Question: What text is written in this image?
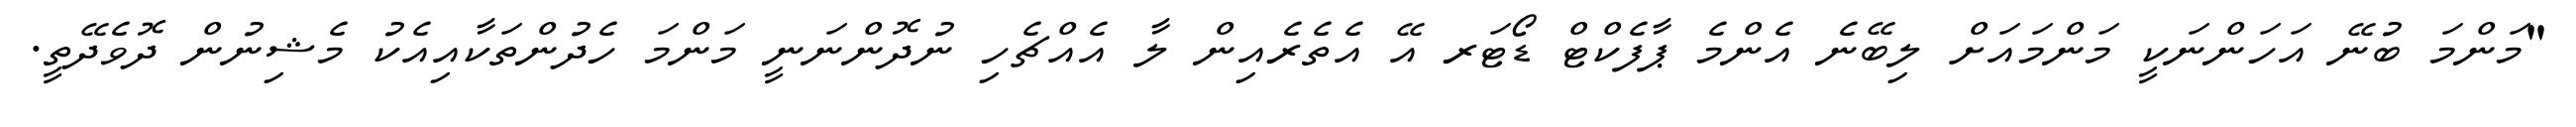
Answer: "މަންމަ ބުނޭ އަހަންނަކީ މަންމައަށް ލިބޭނެ އެންމެ ޕާފެކްޓް ޑޯޓަރ އޭ އެތެރެއިން ލާ އެއްޗެހި ނުދޮންނަނީ މަންމަ ހެދުންތަކާއިއެކު މެޝިނުން ދޮވެދޭތީ.